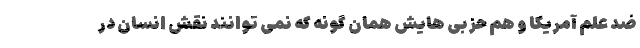
ضد علم آمریکا و هم حزبی هایش همان گونه که نمی توانند نقش انسان در